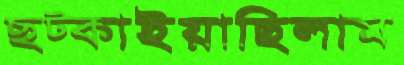
ছট্‌কাইয়াছিলাম